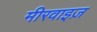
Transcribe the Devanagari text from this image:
मीरवाइज़